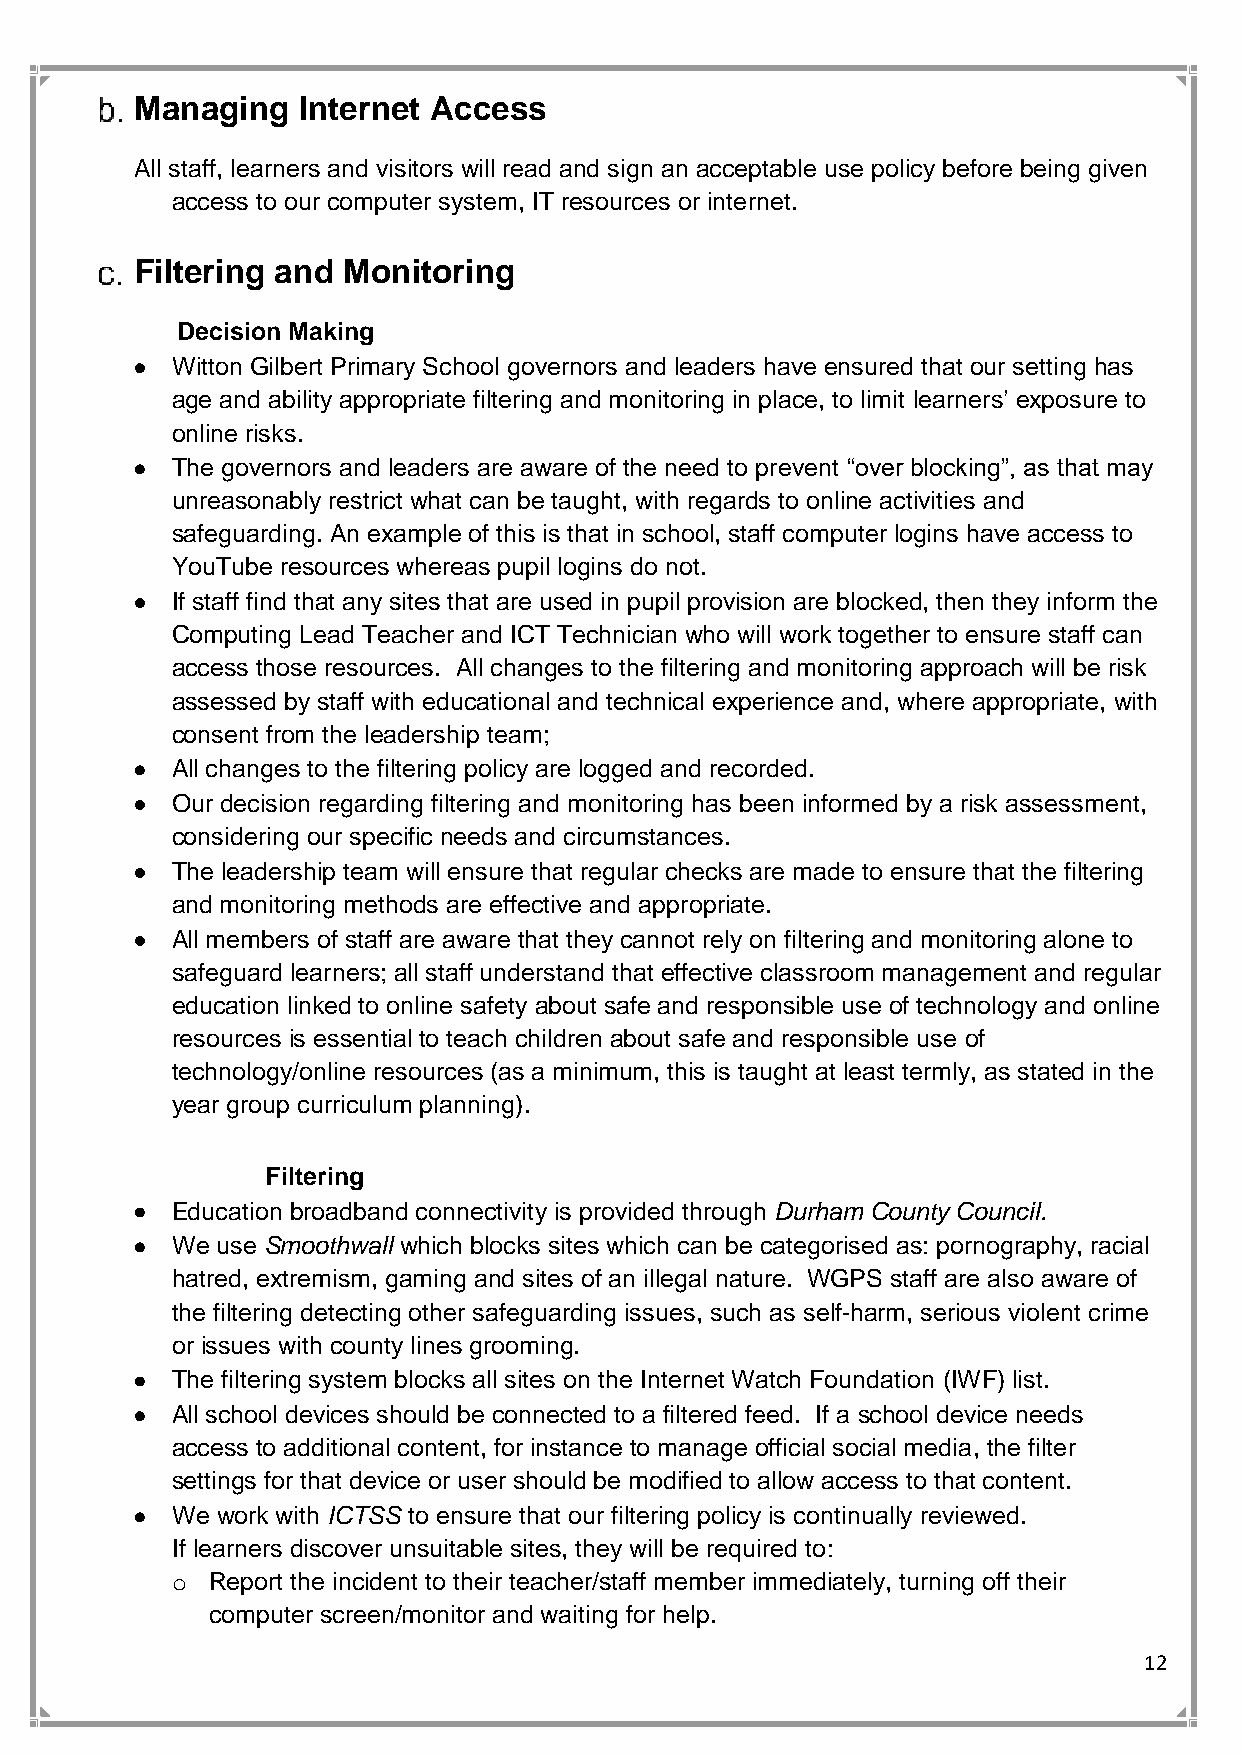
Managing   Internet Access
 All staff, learners and visitors will read and sign an acceptable use policy before being given
 access to our computer system, IT resources or internet.
 Filtering and Monitoring
 Decision Making
 • Witton Gilbert Primary School governors and leaders have ensured that our setting has
 age and ability appropriate filtering and monitoring in place, to limit learners’ exposure to
 online risks.
 • The governors and leaders are aware of the need to prevent “over blocking”, as that may
 unreasonably restrict what can be taught, with regards to online activities and
 safeguarding. An example of this is that in school, staff computer logins have access to
 YouTube resources whereas pupil logins do not.
 • If staff find that any sites that are used in pupil provision are blocked, then they inform the
 Computing Lead Teacher and ICT Technician who will work together to ensure staff can
 access those resources. All changes to the filtering and monitoring approach will be risk
 assessed by staff with educational and technical experience and, where appropriate, with
 consent from the leadership team;
 • All changes to the filtering policy are logged and recorded.
 • Our decision regarding filtering and monitoring has been informed by a risk assessment,
 considering our specific needs and circumstances.
 • The leadership team will ensure that regular checks are made to ensure that the filtering
 and monitoring methods are effective and appropriate.
 • All members of staff are aware that they cannot rely on filtering and monitoring alone to
 safeguard learners; all staff understand that effective classroom management and regular
 education linked to online safety about safe and responsible use of technology and online
 resources is essential to teach children about safe and responsible use of
 technology/online resources (as a minimum, this is taught at least termly, as stated in the
 year group curriculum planning).
 Filtering
 • Education broadband connectivity is provided through Durham County Council.
 • We use Smoothwall which blocks sites which can be categorised as: pornography, racial
 hatred, extremism, gaming and sites of an illegal nature. WGPS staff are also aware of
 the filtering detecting other safeguarding issues, such as self-harm, serious violent crime
 or issues with county lines grooming.
 • The filtering system blocks all sites on the Internet Watch Foundation (IWF) list.
 • All school devices should be connected to a filtered feed. If a school device needs
 access to additional content, for instance to manage official social media, the filter
 settings for that device or user should be modified to allow access to that content.
 • We work with ICTSS to ensure that our filtering policy is continually reviewed.
 If learners discover unsuitable sites, they will be required to:
 o  Report the incident to their teacher/staff member immediately, turning off their
 computer screen/monitor and waiting for help.
 12